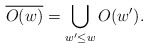
\begin{align*} \overline{O(w)}=\bigcup_{w'\leq w}O(w'). \end{align*}